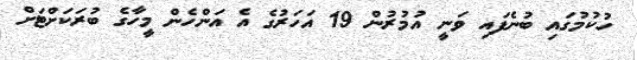
ހުކުމުގައި ބުނެފައި ވަނީ އުމުރުން 19 އަހަރުގެ އެ އަންހެން މީހާގެ ބުރަކަށްޓަށް